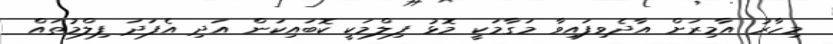
މިހާރު އާމިރަށް އާދެވިފައިވާ މަގާމަކީ މޮޅު ފިލްމަކީ ކޮބައިކަން އަދި އެފަދަ ފިލްމުތައް